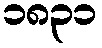
၁၈၃၁